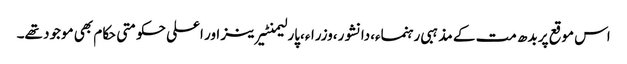
اس موقع پر بدھ مت کے مذہبی رہنماء،دانشور،وزراء،پارلیمنٹیرینز اور اعلی حکومتی حکام بھی موجود تھے۔